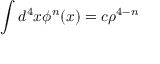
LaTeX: \int d ^ { 4 } x \phi ^ { n } ( x ) = c \rho ^ { 4 - n }